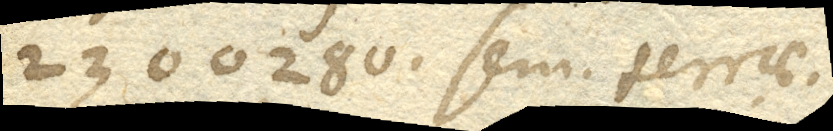
2300280. sem. terrae.